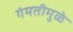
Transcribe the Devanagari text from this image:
गंमतीमुळे